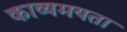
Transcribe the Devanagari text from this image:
काव्यमयता